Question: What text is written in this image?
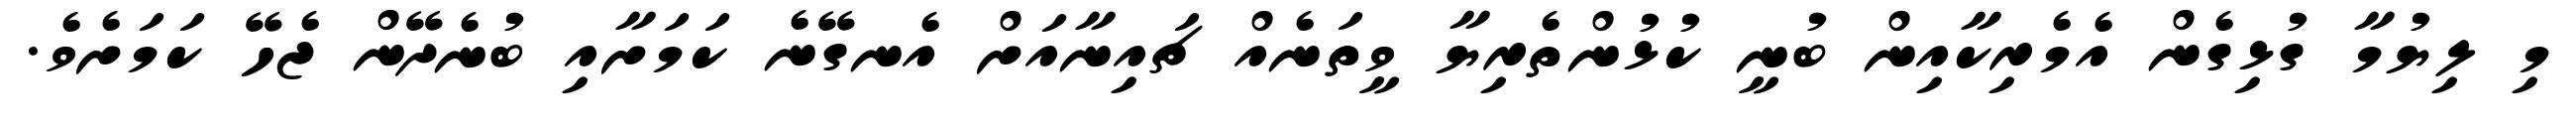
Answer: މި ލިޔުމާ ގުޅިގެން އެމެރިކާއިން ބުނީ ކުޅުންތެރިޔާ ވީތަނެއް ޗައިނާއަށް އެނގޭނެ ކަމަށާއި ބުނެދޭން ޖެހޭ ކަމަށެވެ.